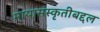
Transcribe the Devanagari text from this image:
मायासंस्कृतीबद्दल